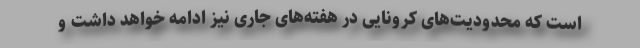
است که محدودیت‌های کرونایی در هفته‌های جاری نیز ادامه خواهد داشت و